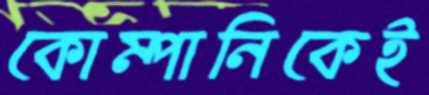
কোম্পানিকেই